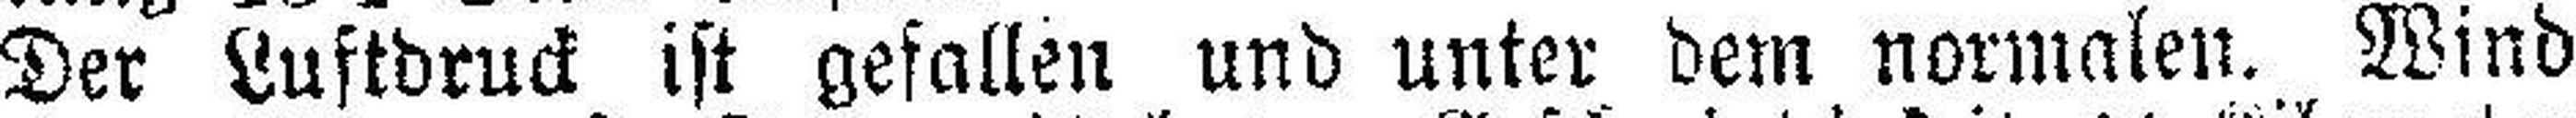
Der Luftdruck ist gefallen und unter dem normalen. Wind